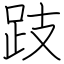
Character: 跂